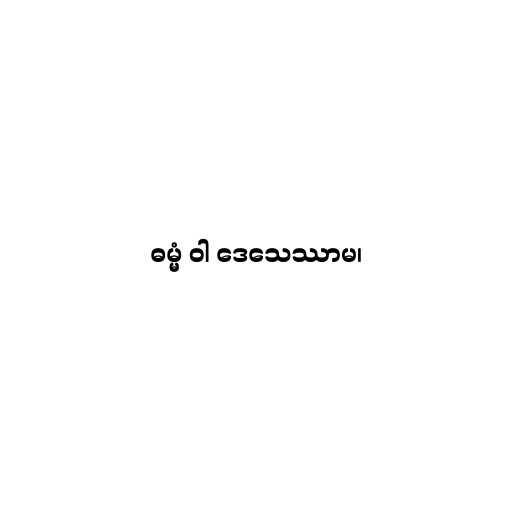
ဓမ္မံ ဝါ ဒေသေဿာမ၊